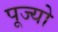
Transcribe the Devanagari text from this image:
पूज्‍यो